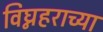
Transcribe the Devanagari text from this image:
विघ्नहराच्या